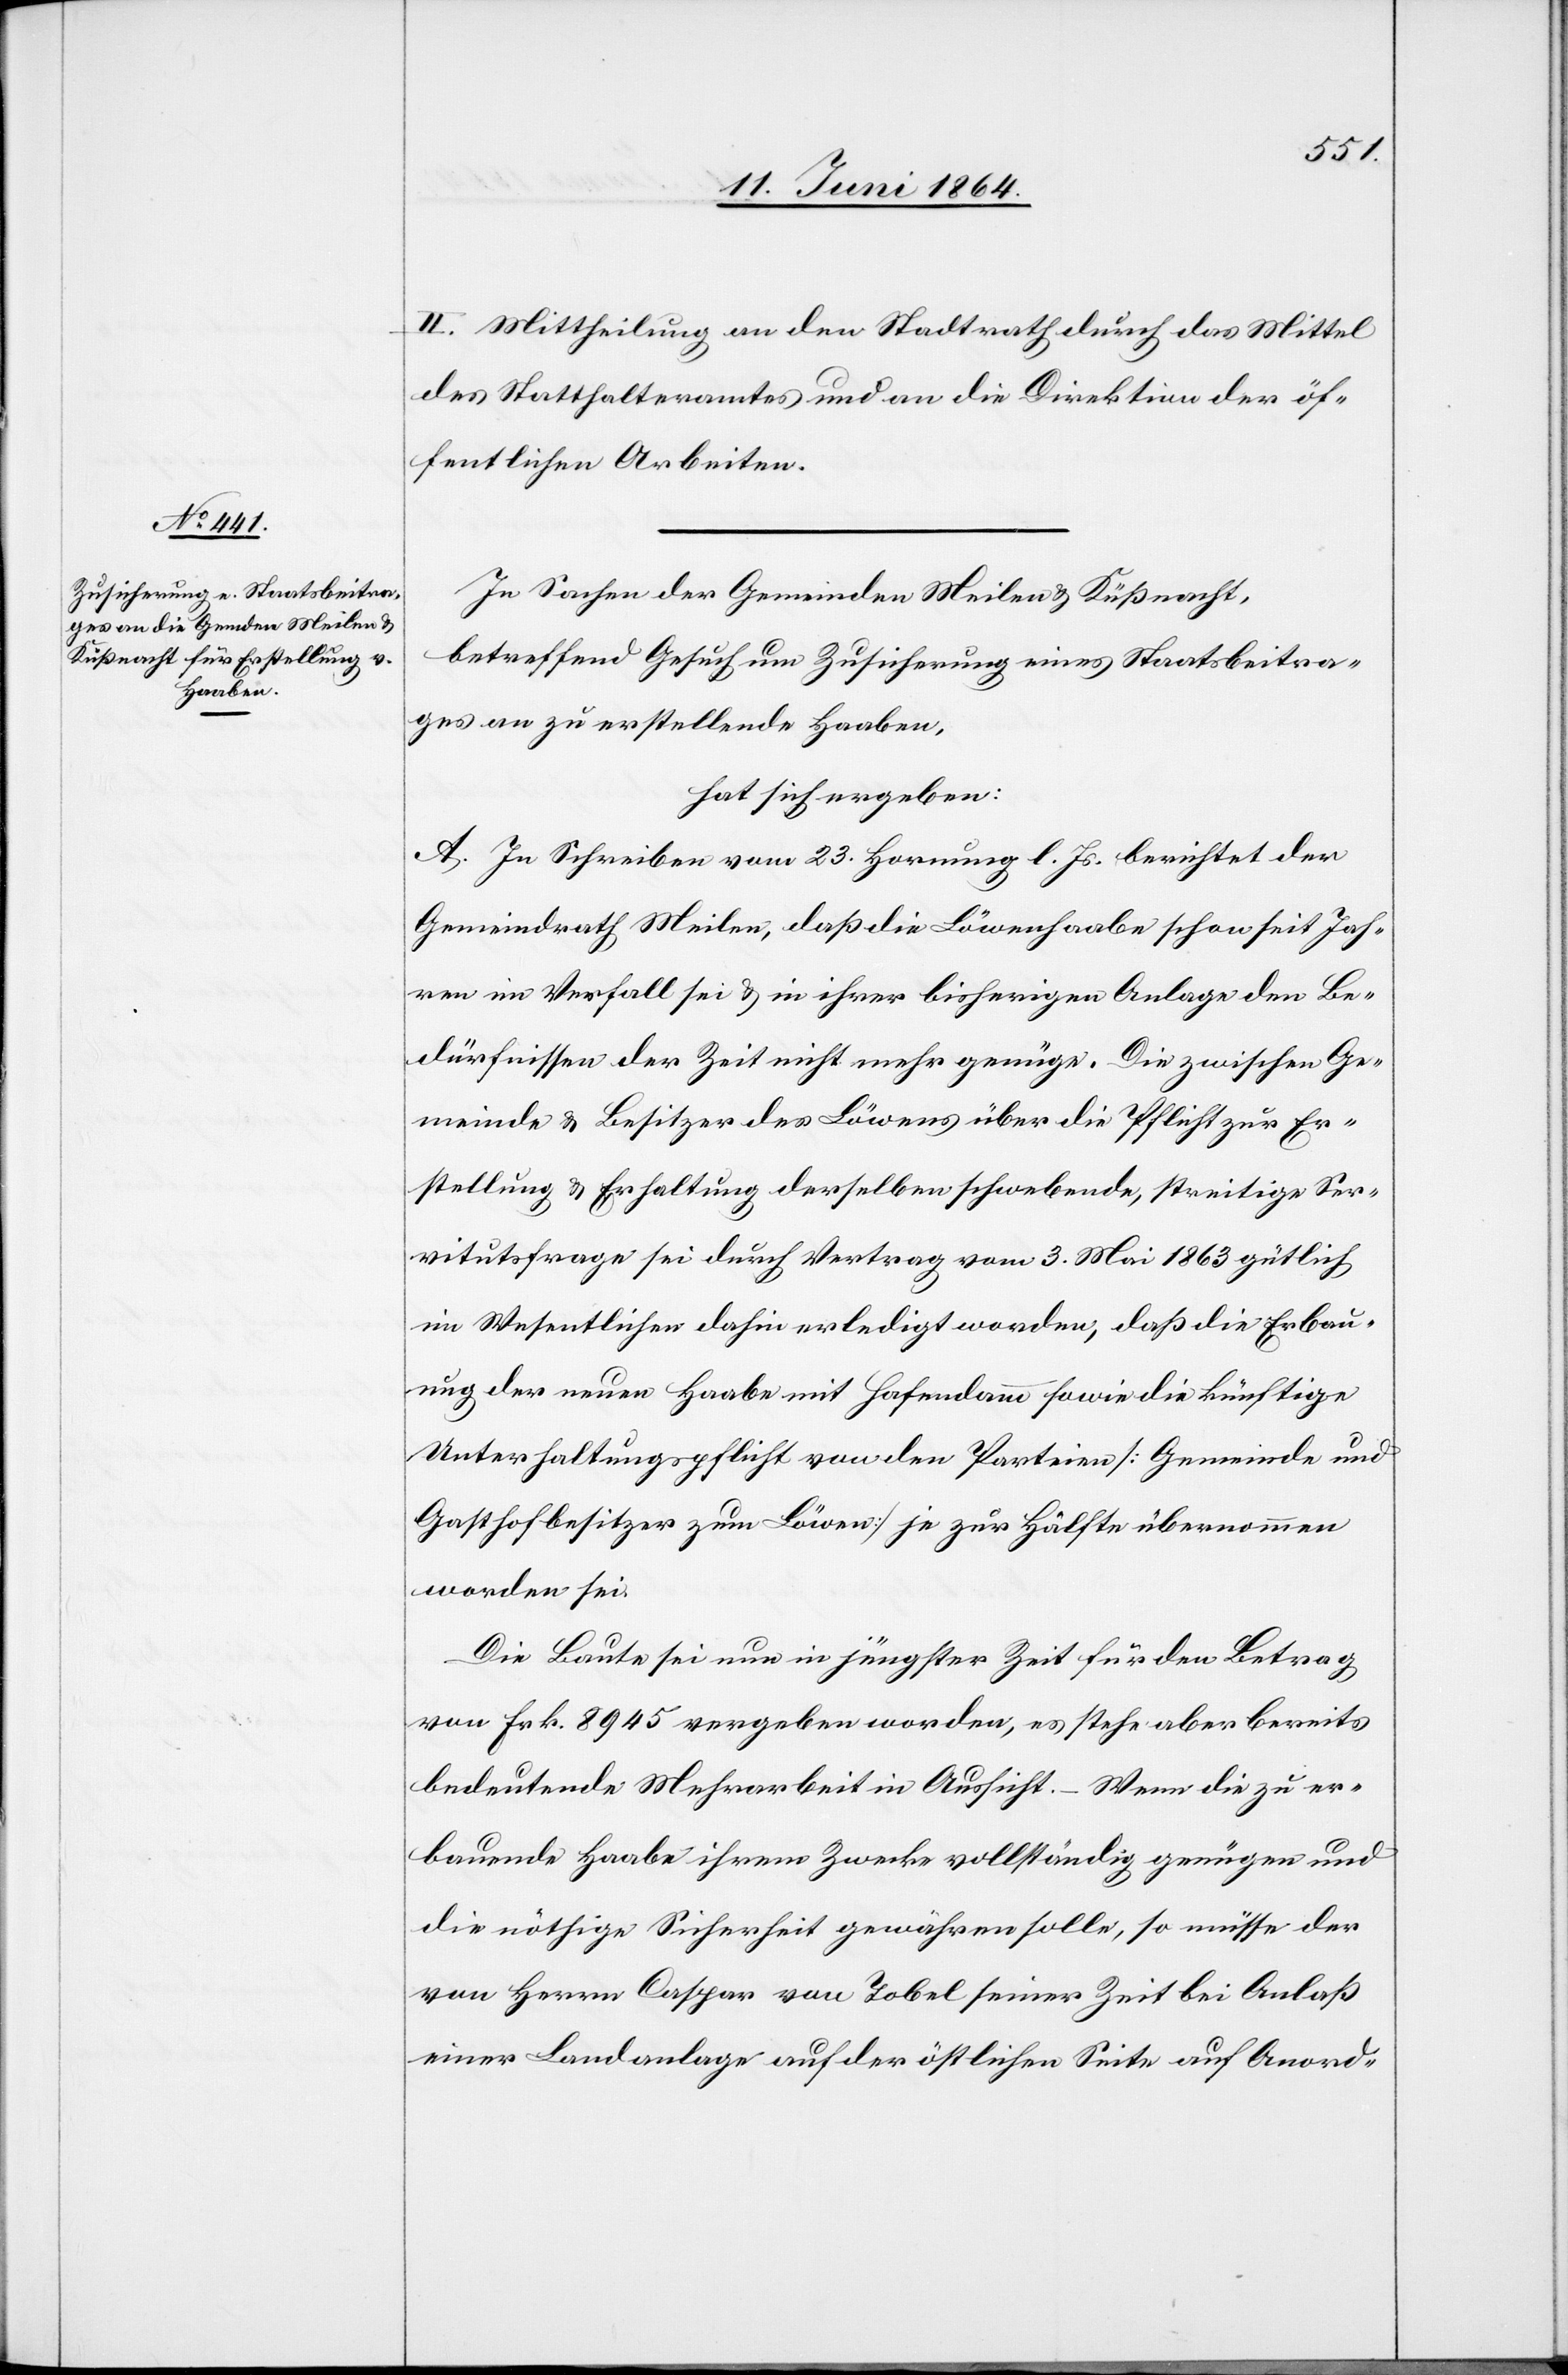
II. Mittheilung an den Stadtrath durch das Mittel
des Statthalteramtes und an die Direktion der öf¬
fentlichen Arbeiten.
In Sachen der Gemeinden Meilen u. Küßnacht,
betreffend Gesuch um Zusicherung eines Staatsbeitra¬
ges an zu erstellende Haaben,
hat sich ergeben:
A. In Schreiben vom 23. Hornung l. Js. berichtet der
Gemeindrath Meilen, daß die Löwenhaabe schon seit Jah¬
ren im Verfall sei u. in ihrer bisherigen Anlage den Be¬
dürfnissen der Zeit nicht mehr genüge. Die zwischen Ge¬
meinde u. Besitzer des Löwens über die Pflicht zur Er¬
stellung u. Erhaltung derselben schwebende, streitige Ser¬
vitutsfrage sei durch Vertrag vom 3. Mai 1863 gütlich
im Wesentlichen dahin erledigt worden, daß die Erbau¬
ung der neuen Haabe mit Hafendamm sowie die künftige
Unterhaltungspflicht von den Parteien [Gemeinde und
Gasthofbesitzer zum Löwen] je zur Hälfte übernommen
worden sei.
Die Baute sei nun in jüngster Zeit für den Betrag
von Frk. 8945 vergeben worden, es stehe aber bereits
bedeutende Mehrarbeit in Aussicht. – Wenn die zu er¬
bauende Haabe ihrem Zwecke vollständig genügen und
die nöthige Sicherheit gewähren solle, so müsse der
von Herrn Caspar von Tobel seiner Zeit bei Anlaß
einer Landanlage auf der östlichen Seite auf Anord-